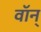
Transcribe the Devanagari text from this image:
वॉन्